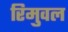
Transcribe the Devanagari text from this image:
रिमुवल